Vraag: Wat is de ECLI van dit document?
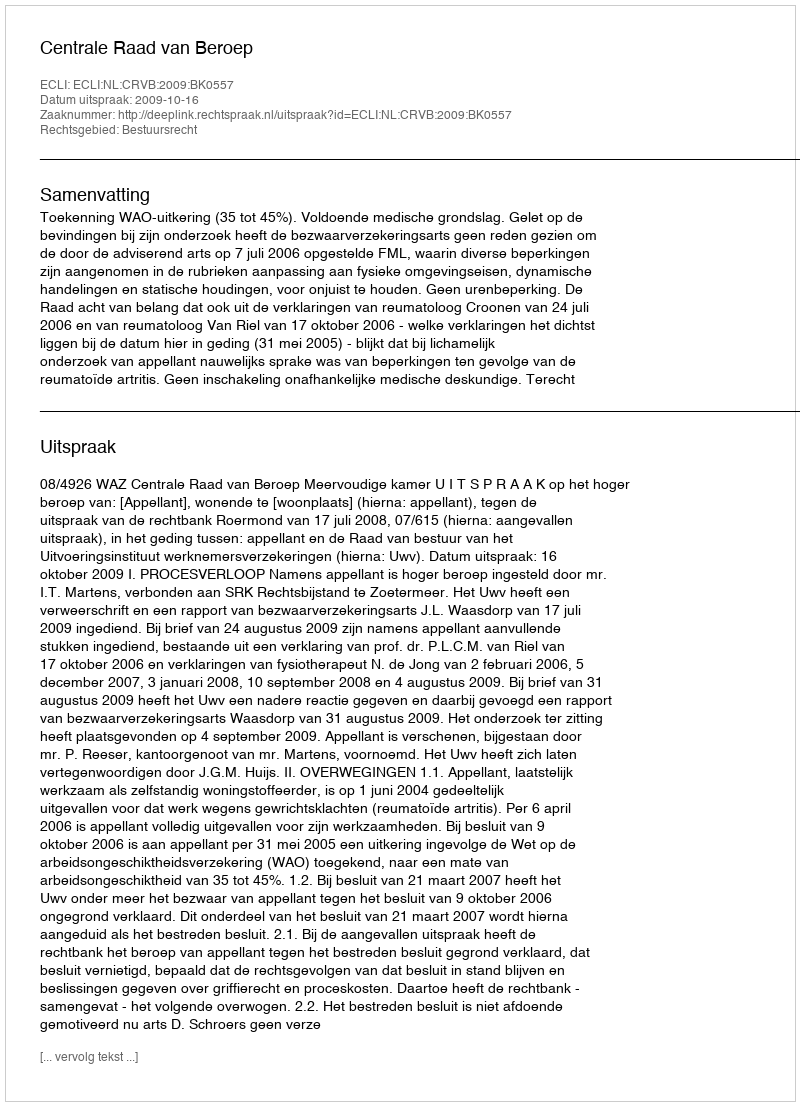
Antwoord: ECLI:NL:CRVB:2009:BK0557